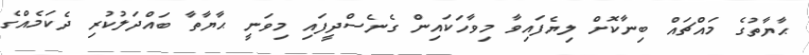
ޙާޔާތުގެ މައްޗައް ބިނާކޮށް ލިޔެފައިވާ މިވާހަކައިން ގެނެސްދީފައި މިވަނީ ޙާޔާތާ ބައްދަލުކުރި ދެކަމެއްގެ